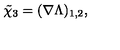
\tilde { \chi } _ { 3 } = ( \nabla \Lambda ) _ { 1 , 2 } ,